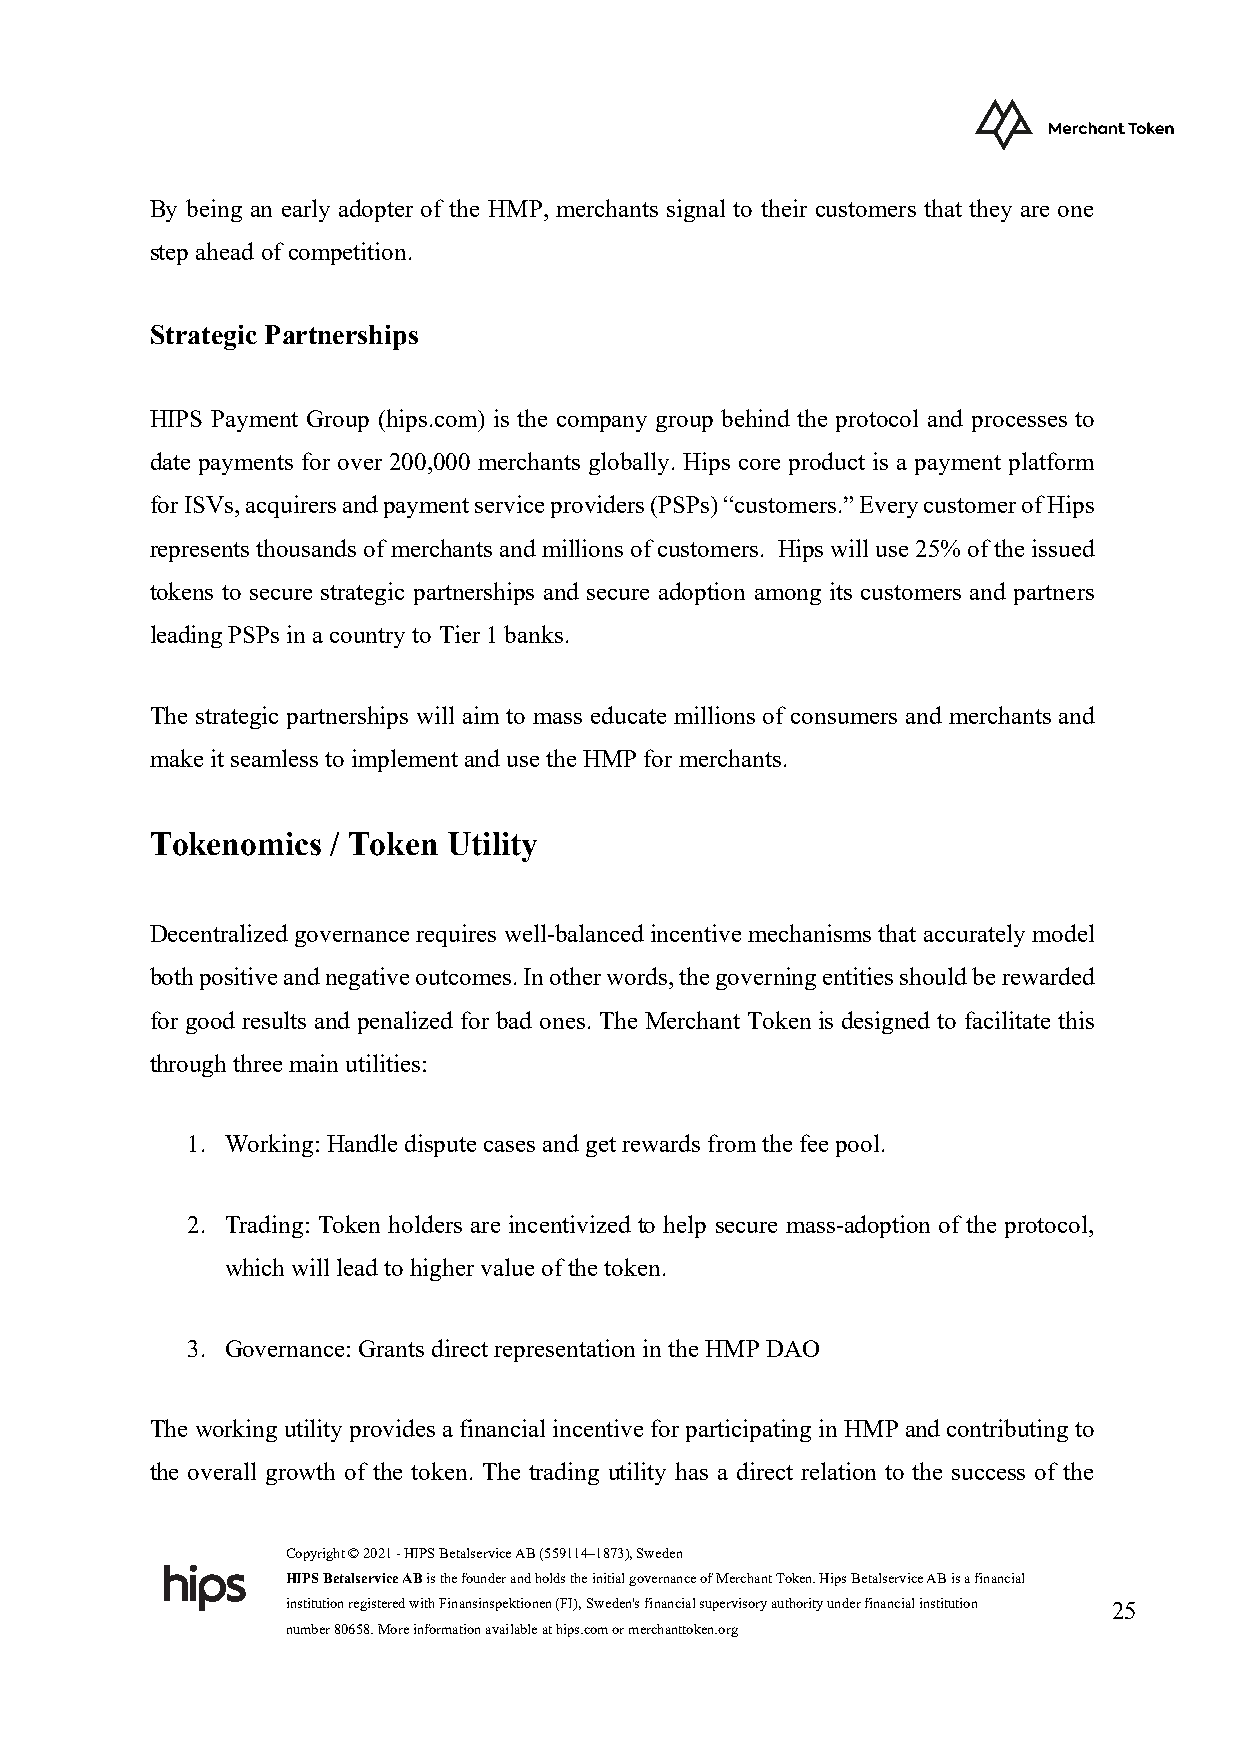
By being an early adopter of the HMP, merchants signal to their customers that they are one
 step ahead of competition.
 Strategic Partnerships
 HIPS Payment Group (hips.com) is the company group behind the protocol and processes to
 date payments for over 200,000 merchants globally. Hips core product is a payment platform
 for ISVs, acquirers and payment service providers (PSPs) “customers.” Every customer of Hips
 represents thousands of merchants and millions of customers. Hips will use 25% of the issued
 tokens to secure strategic partnerships and secure adoption among its customers and partners
 leading PSPs in a country to Tier 1 banks.
 The strategic partnerships will aim to mass educate millions of consumers and merchants and
 make it seamless to implement and use the HMP for merchants.
 Tokenomics  / Token Utility
 Decentralized governance requires well-balanced incentive mechanisms that accurately model
 both positive and negative outcomes. In other words, the governing entities should be rewarded
 for good results and penalized for bad ones. The Merchant Token is designed to facilitate this
 through three main utilities:
 1. Working: Handle dispute cases and get rewards from the fee pool.
 2. Trading: Token holders are incentivized to help secure mass-adoption of the protocol,
 which will lead to higher value of the token.
 3. Governance: Grants direct representation in the HMP DAO
 The working utility provides a financial incentive for participating in HMP and contributing to
 the overall growth of the token. The trading utility has a direct relation to the success of the
 Copyright © 2021 - HIPS Betalservice AB (559114–1873), Sweden
 HIPS Betalservice AB is the founder and holds the initial governance of Merchant Token. Hips Betalservice AB is a financial
 institution registered with Finansinspektionen (FI), Sweden's financial supervisory authority under financial institution 25
 number 80658. More information available at hips.com or merchanttoken.org